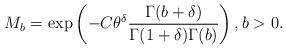
LaTeX: \begin{align*} M_b=\exp\left(-C\theta^\delta\frac{\Gamma(b+\delta)}{\Gamma(1+\delta)\Gamma(b)}\right),b>0 . \end{align*}